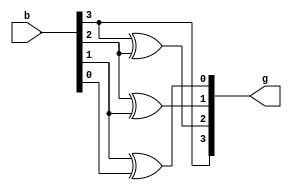
module bin2gray(b,g);
input [1:4]b;
output [1:4]g;

buf gate1(g[1],b[1]);
xor gate2(g[2],b[1],b[2]);
xor gate3(g[3],b[2],b[3]);
xor gate4(g[4],b[3],b[4]);

endmodule